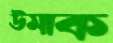
উমাক